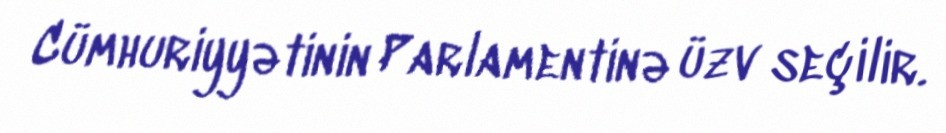
Cümhuriyyətinin Parlamentinə üzv seçilir.